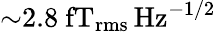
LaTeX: {\sim}2.8~\mathrm{fT_{\mathrm{rms}}\, Hz^{-1/2}}